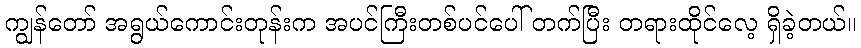
ကျွန်တော် အရွယ်ကောင်းတုန်းက အပင်ကြီးတစ်ပင်ပေါ် တက်ပြီး တရားထိုင်လေ့ ရှိခဲ့တယ်။